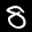
Label: 8